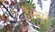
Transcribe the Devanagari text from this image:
हैं।नमूने